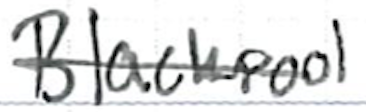
Text: Blackpool
Cross-out: single-line
Writing tool: ballpoint